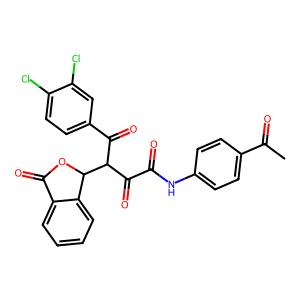
SMILES: CC(=O)c1ccc(NC(=O)C(=O)C(C(=O)c2ccc(Cl)c(Cl)c2)C2OC(=O)c3ccccc32)cc1
Inhibits HIV replication: No